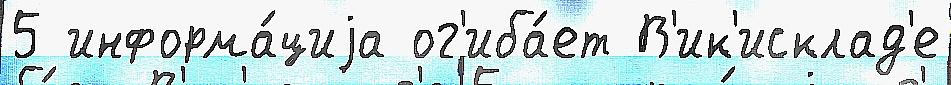
5 информа́циjа ог'иба́ет В'ик'исклад'е